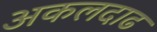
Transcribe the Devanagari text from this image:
अकलदाढ